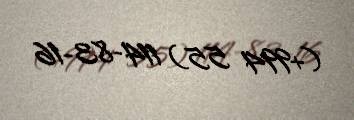
(+994 55) 114-83-16